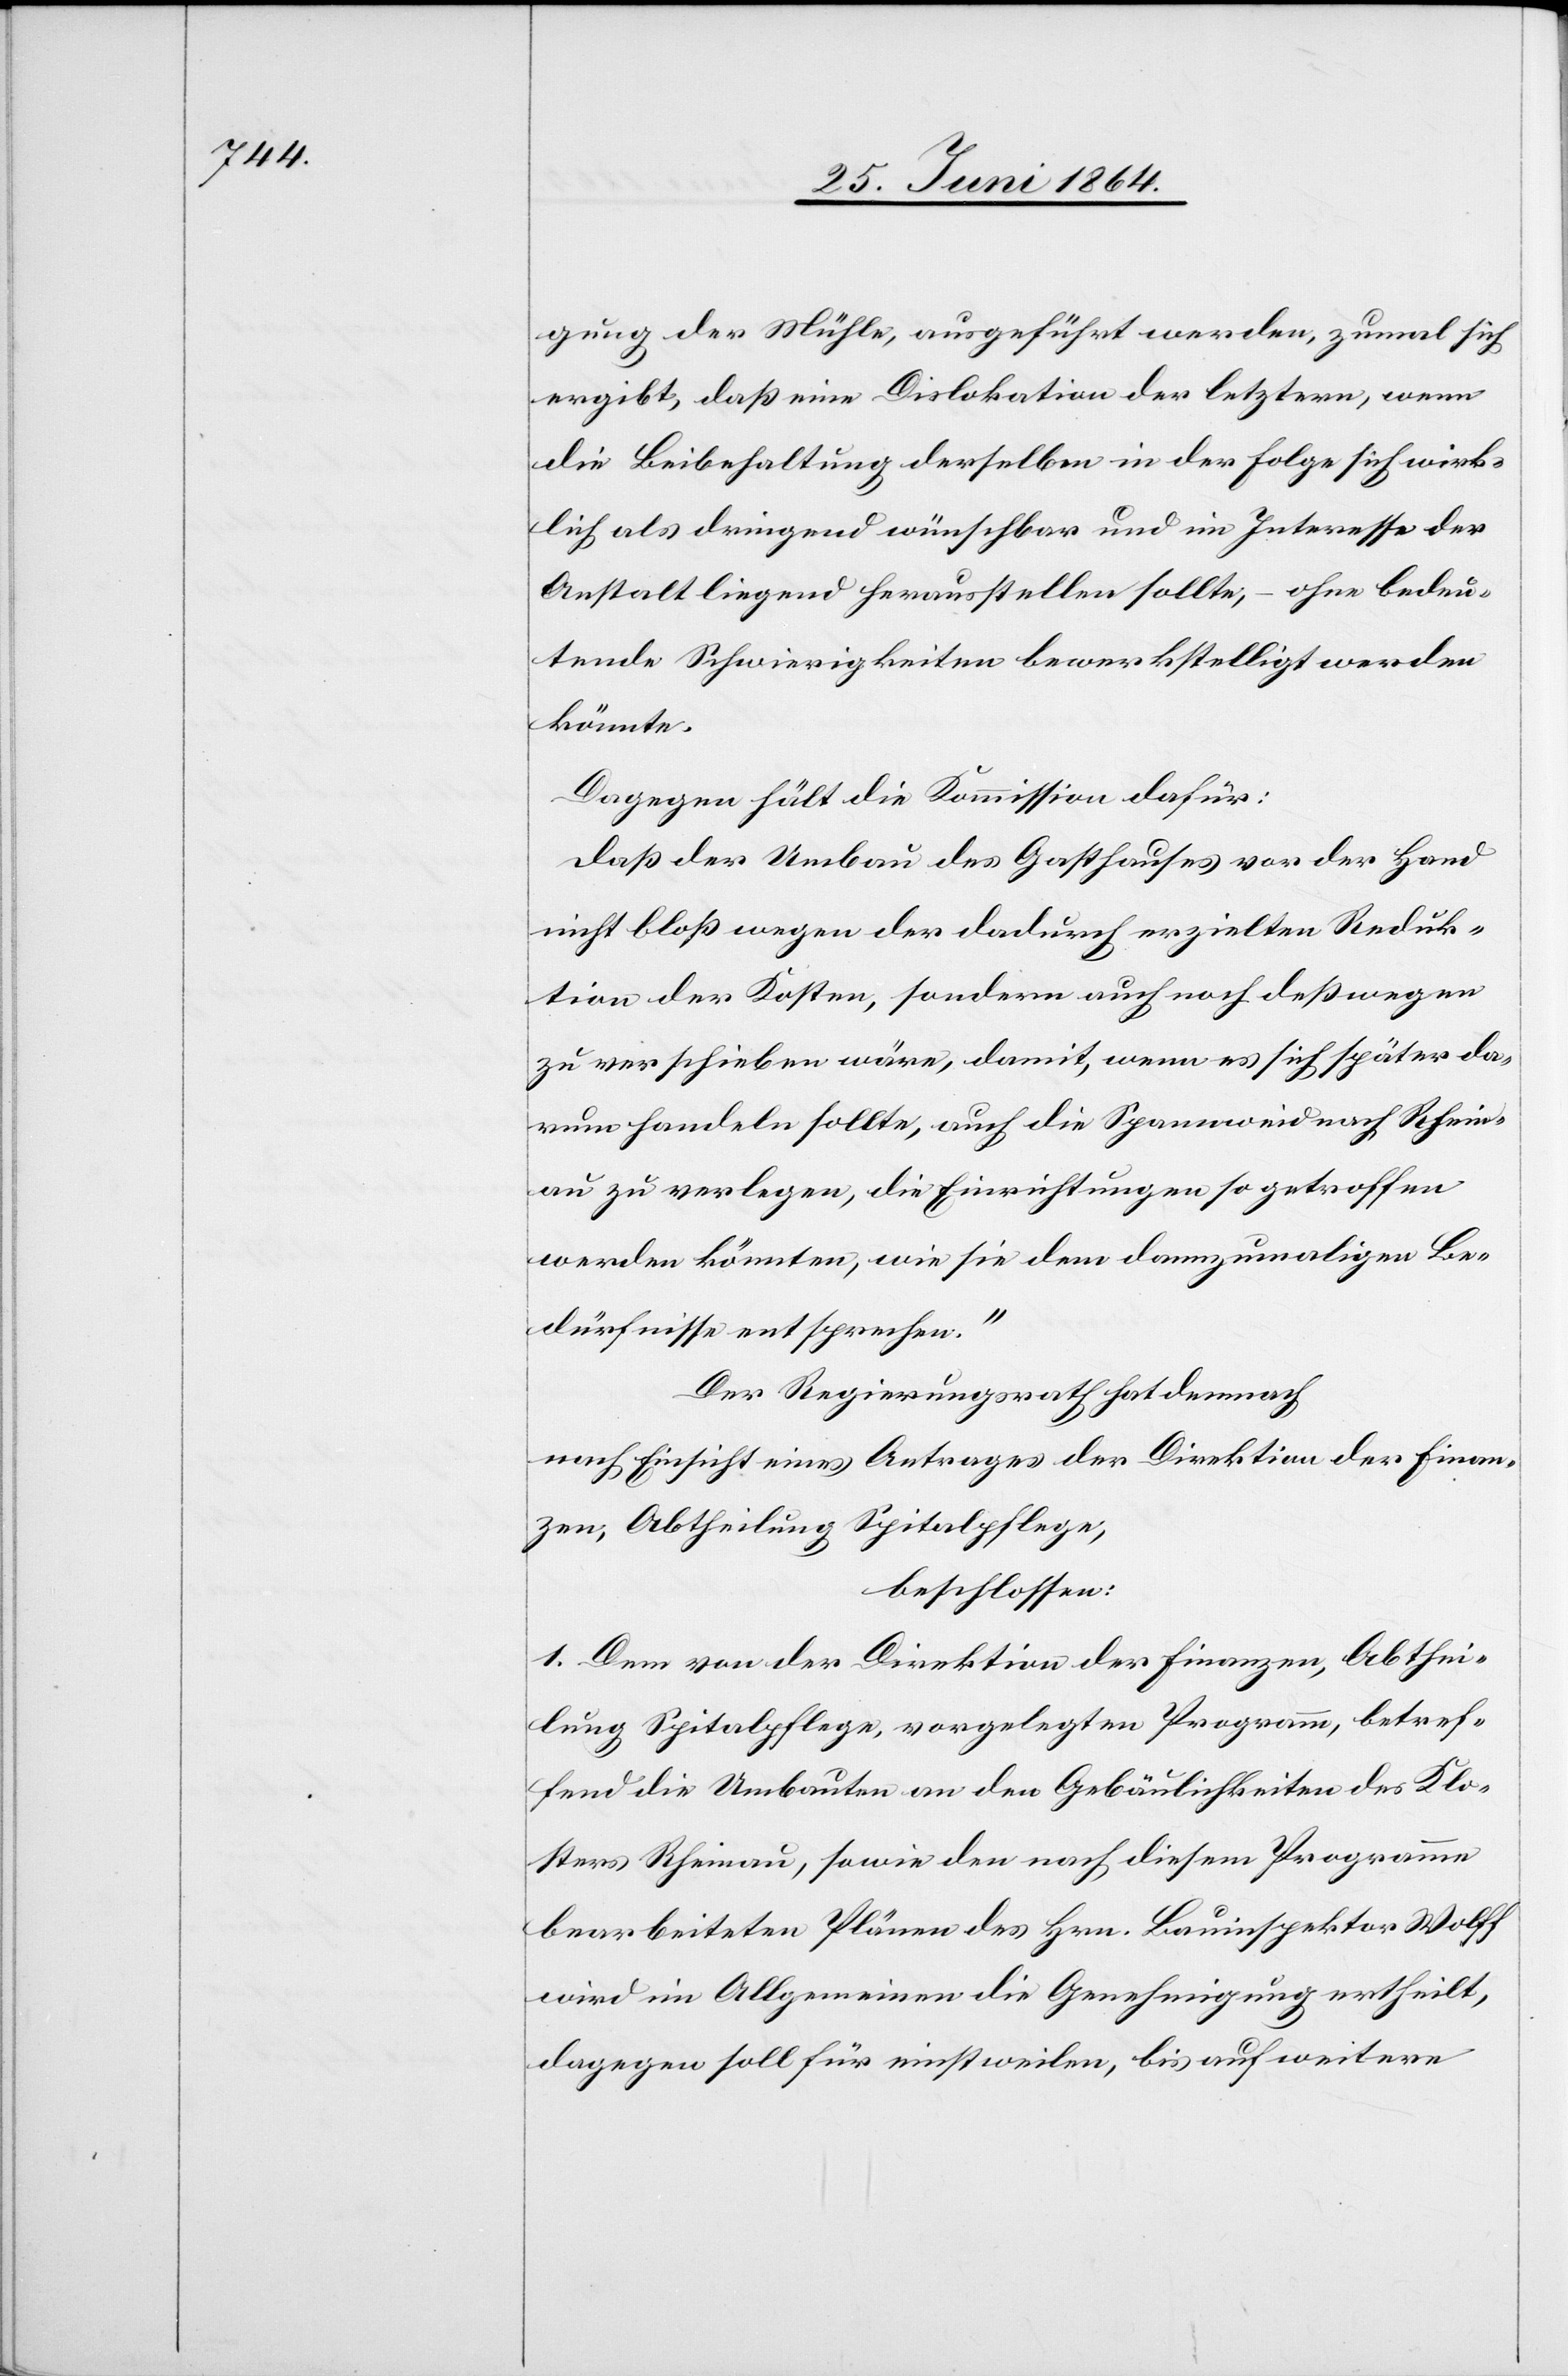
gung der Mühle, ausgeführt werden, zumal sich
ergibt, daß eine Dislokation der letztern, wenn
die Beibehaltung derselben in der Folge sich wirk¬
lich als dringend wünschbar und im Interesse der
Anstalt liegend herausstellen sollte, – ohne bedeu¬
tende Schwierigkeiten bewerkstelligt werden
könnte.
Dagegen hält die Kommission dafür:
daß der Umbau des Gasthauses vor der Hand
nicht bloß wegen der dadurch erzielten Reduk¬
tion der Kosten, sondern auch noch deßwegen
zu verschieben wäre, damit, wenn es sich später da¬
rum handeln sollte, auch die Spannweid nach Rhein¬
au zu verlegen, die Einrichtungen so getroffen
werden könnten, wie sie dem dannzumaligen Be¬
dürfnisse entsprechen.“
Der Regierungsrath hat demnach
nach Einsicht eines Antrages der Direktion der Finan¬
zen, Abtheilung Spitalpflege,
beschlossen:
1. Dem von der Direktion der Finanzen, Abthei¬
lung Spitalpflege vorgelegten Programm, betref¬
fend die Umbauten an den Gebäulichkeiten des Klo¬
sters Rheinau, sowie den nach diesem Programme
bearbeiteten Plänen des Hrn. Bauinspektor Wolff
wird im Allgemeinen die Genehmigung ertheilt,
dagegen soll für einstweilen, bis auf weitere